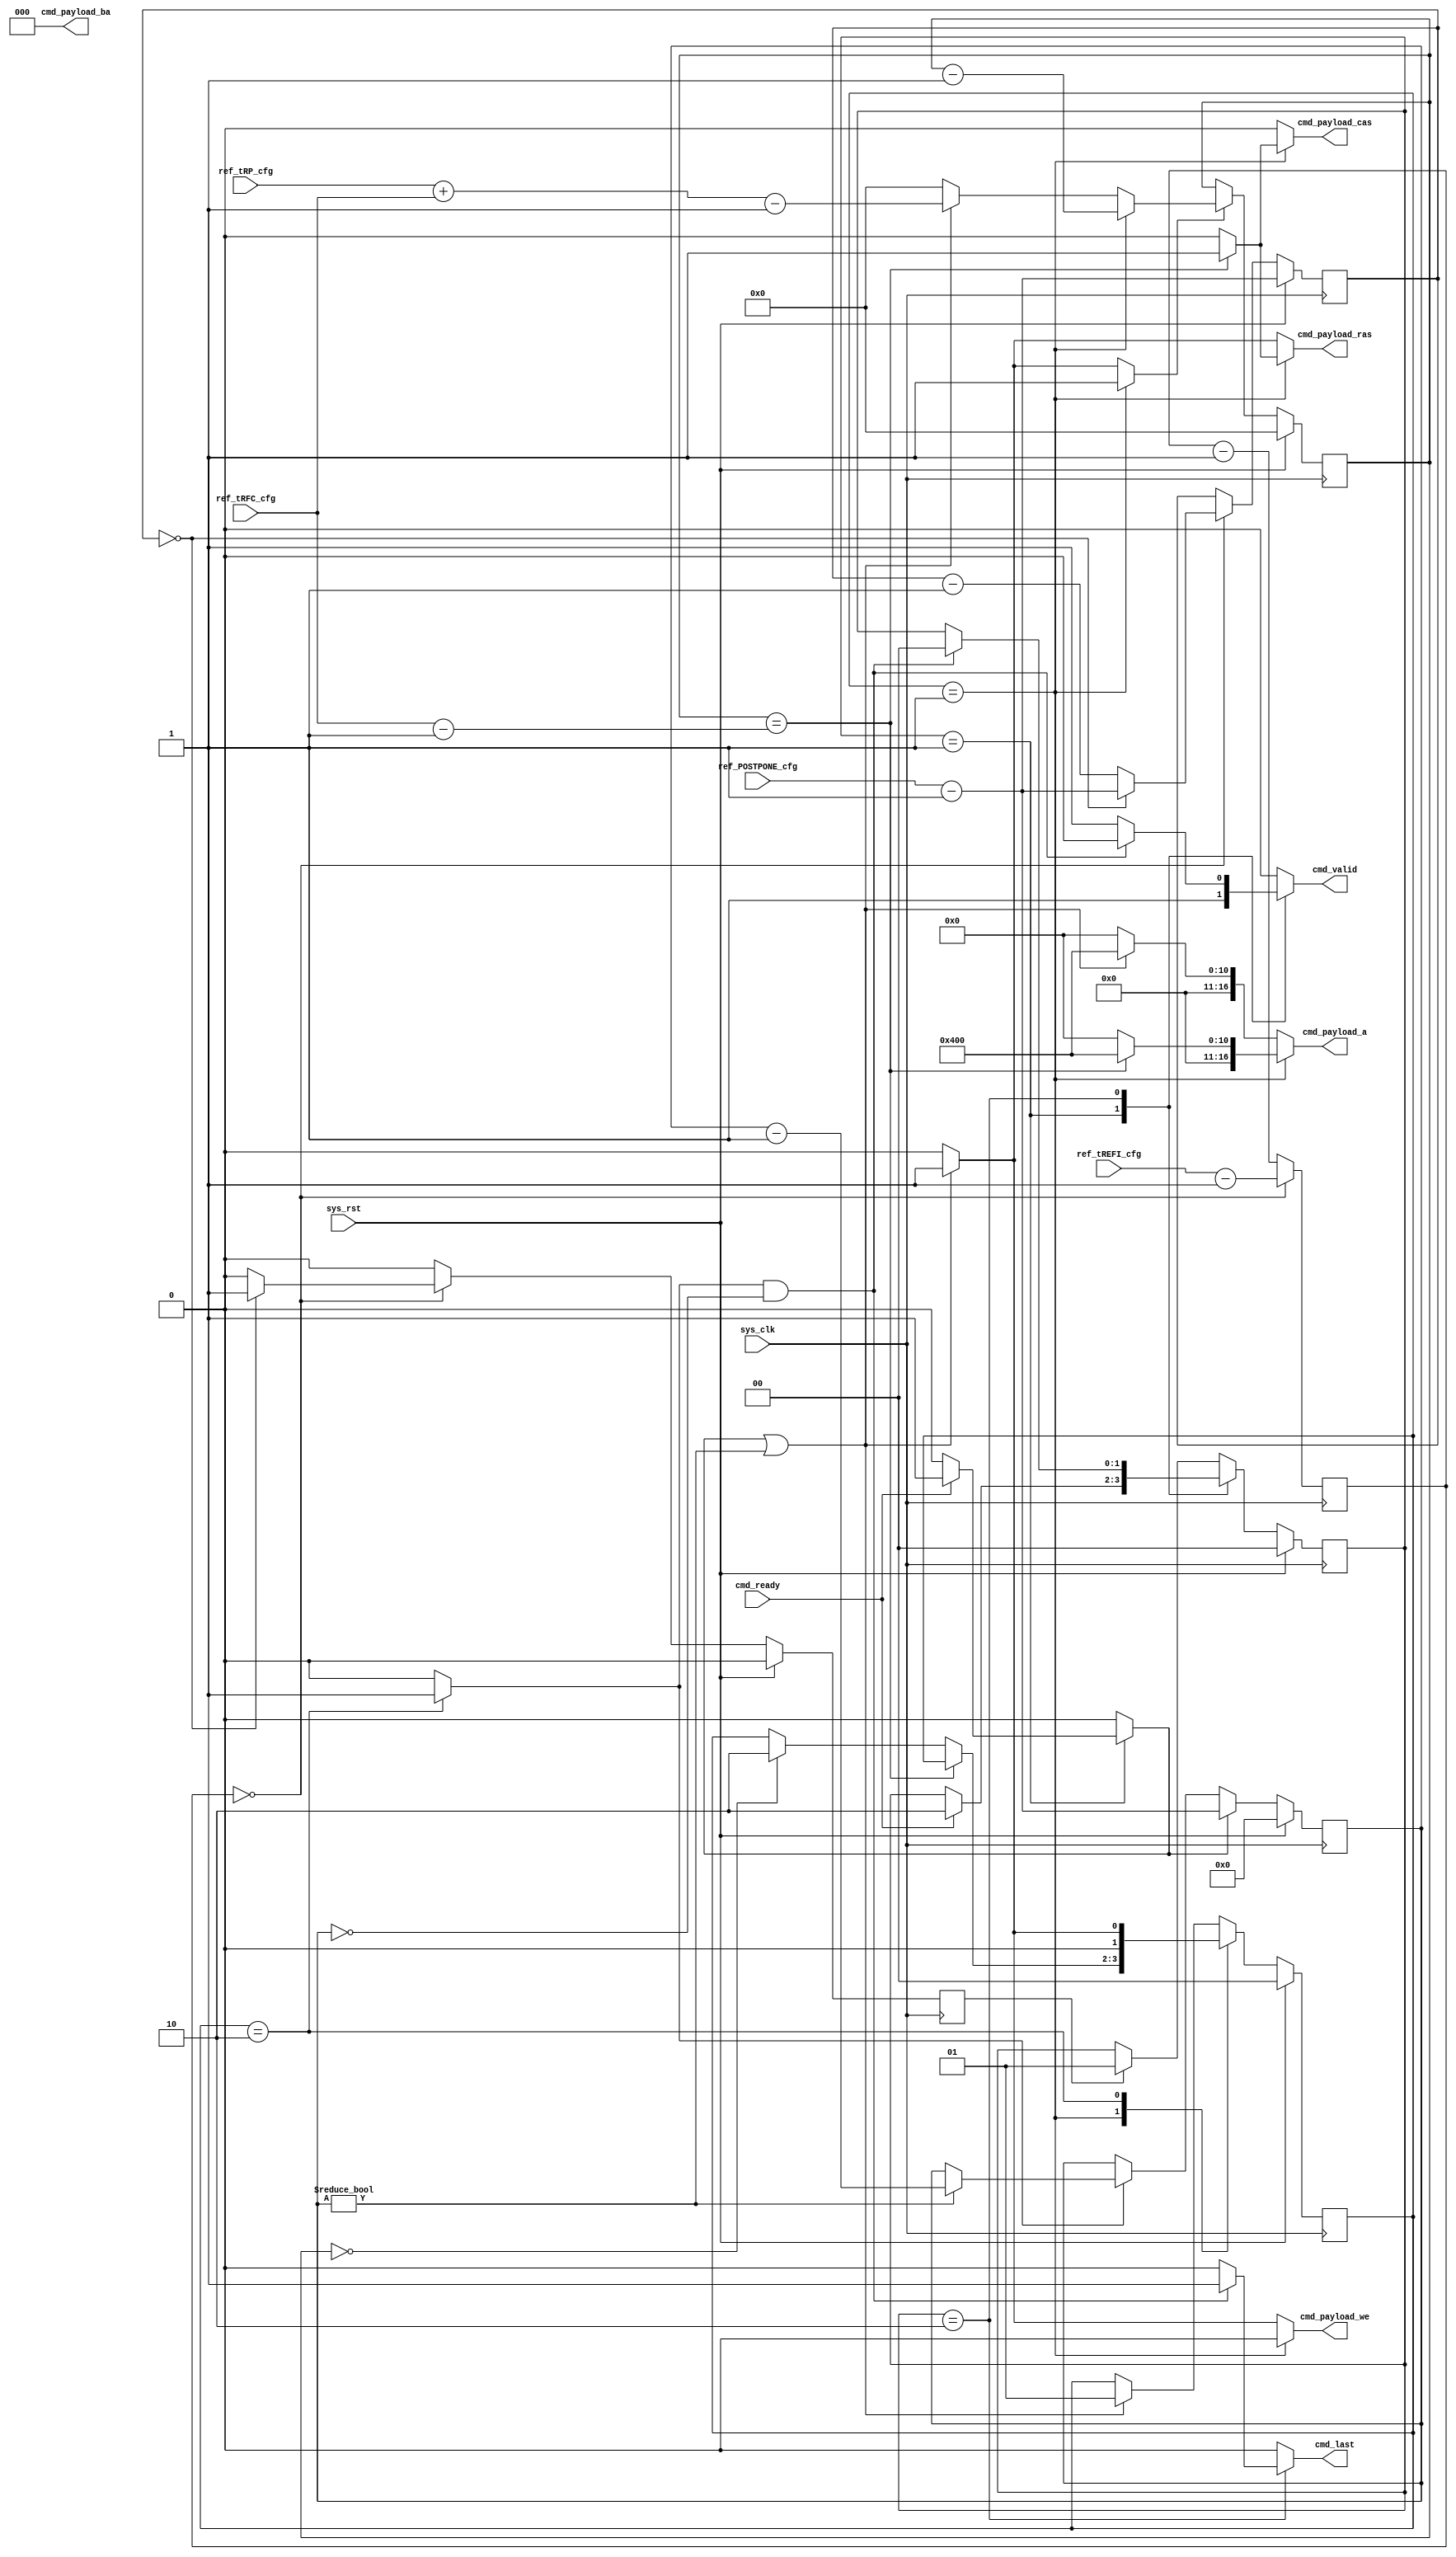
/* Machine-generated using Migen */
module refresher_pos_8(
	output reg cmd_valid,
	input cmd_ready,
	output reg cmd_last,
	output reg [16:0] cmd_payload_a,
	output reg [2:0] cmd_payload_ba,
	output reg cmd_payload_cas,
	output reg cmd_payload_ras,
	output reg cmd_payload_we,
	input [7:0] ref_tRP_cfg,
	input [7:0] ref_tRFC_cfg,
	input [11:0] ref_tREFI_cfg,
	input [3:0] ref_POSTPONE_cfg,
	input sys_clk,
	input sys_rst
);

wire wants_refresh;
wire timer_wait;
wire timer_done0;
wire [11:0] timer_count0;
wire timer_done1;
reg [11:0] timer_count1 = 12'd0;
wire postponer_req_i;
reg postponer_req_o = 1'd0;
reg [3:0] postponer_count = 4'd8;
reg sequencer_start0;
wire sequencer_done0;
wire sequencer_start1;
reg sequencer_done1;
reg [7:0] sequencer_count0 = 8'd0;
reg [3:0] sequencer_count1 = 4'd0;
reg [1:0] refreshsequencer_state = 2'd0;
reg [1:0] refreshsequencer_next_state;
reg [7:0] sequencer_count0_next_value;
reg sequencer_count0_next_value_ce;
reg [1:0] fsm_state = 2'd0;
reg [1:0] fsm_next_state;

// synthesis translate_off
reg dummy_s;
initial dummy_s <= 1'd0;
// synthesis translate_on

assign timer_wait = (~timer_done0);
assign postponer_req_i = timer_done0;
assign wants_refresh = postponer_req_o;
assign timer_done1 = (timer_count1 == 1'd0);
assign timer_done0 = timer_done1;
assign timer_count0 = timer_count1;
assign sequencer_start1 = (sequencer_start0 | (sequencer_count1 != 1'd0));
assign sequencer_done0 = (sequencer_done1 & (sequencer_count1 == 1'd0));

// synthesis translate_off
reg dummy_d;
// synthesis translate_on
always @(*) begin
	cmd_payload_a <= 17'd0;
	cmd_payload_ba <= 3'd0;
	cmd_payload_cas <= 1'd0;
	cmd_payload_ras <= 1'd0;
	cmd_payload_we <= 1'd0;
	sequencer_done1 <= 1'd0;
	refreshsequencer_next_state <= 2'd0;
	sequencer_count0_next_value <= 8'd0;
	sequencer_count0_next_value_ce <= 1'd0;
	refreshsequencer_next_state <= refreshsequencer_state;
	case (refreshsequencer_state)
		1'd1: begin
			sequencer_count0_next_value <= (sequencer_count0 - 1'd1);
			sequencer_count0_next_value_ce <= 1'd1;
			if ((sequencer_count0 == (ref_tRFC_cfg - 1'd1))) begin
				cmd_payload_a <= 11'd1024;
				cmd_payload_ba <= 1'd0;
				cmd_payload_cas <= 1'd1;
				cmd_payload_ras <= 1'd1;
				cmd_payload_we <= 1'd0;
			end else begin
				if ((sequencer_count0 == 1'd0)) begin
					cmd_payload_a <= 1'd0;
					cmd_payload_ba <= 1'd0;
					cmd_payload_cas <= 1'd0;
					cmd_payload_ras <= 1'd0;
					cmd_payload_we <= 1'd0;
					refreshsequencer_next_state <= 2'd2;
				end
			end
		end
		2'd2: begin
			sequencer_done1 <= 1'd1;
			if (sequencer_start1) begin
				sequencer_count0_next_value <= ((ref_tRP_cfg + ref_tRFC_cfg) - 1'd1);
				sequencer_count0_next_value_ce <= 1'd1;
				cmd_payload_a <= 11'd1024;
				cmd_payload_ba <= 1'd0;
				cmd_payload_cas <= 1'd0;
				cmd_payload_ras <= 1'd1;
				cmd_payload_we <= 1'd1;
				refreshsequencer_next_state <= 1'd1;
			end else begin
				refreshsequencer_next_state <= 1'd0;
			end
		end
		default: begin
			if (sequencer_start1) begin
				sequencer_count0_next_value <= ((ref_tRP_cfg + ref_tRFC_cfg) - 1'd1);
				sequencer_count0_next_value_ce <= 1'd1;
				cmd_payload_a <= 11'd1024;
				cmd_payload_ba <= 1'd0;
				cmd_payload_cas <= 1'd0;
				cmd_payload_ras <= 1'd1;
				cmd_payload_we <= 1'd1;
				refreshsequencer_next_state <= 1'd1;
			end
		end
	endcase
// synthesis translate_off
	dummy_d <= dummy_s;
// synthesis translate_on
end

// synthesis translate_off
reg dummy_d_1;
// synthesis translate_on
always @(*) begin
	cmd_valid <= 1'd0;
	cmd_last <= 1'd0;
	sequencer_start0 <= 1'd0;
	fsm_next_state <= 2'd0;
	fsm_next_state <= fsm_state;
	case (fsm_state)
		1'd1: begin
			cmd_valid <= 1'd1;
			if (cmd_ready) begin
				sequencer_start0 <= 1'd1;
				fsm_next_state <= 2'd2;
			end
		end
		2'd2: begin
			cmd_valid <= 1'd1;
			if (sequencer_done0) begin
				cmd_valid <= 1'd0;
				cmd_last <= 1'd1;
				fsm_next_state <= 1'd0;
			end
		end
		default: begin
			if (1'd1) begin
				if (wants_refresh) begin
					fsm_next_state <= 1'd1;
				end
			end
		end
	endcase
// synthesis translate_off
	dummy_d_1 <= dummy_s;
// synthesis translate_on
end

always @(posedge sys_clk) begin
	if ((timer_wait & (~timer_done0))) begin
		timer_count1 <= (timer_count1 - 1'd1);
	end else begin
		timer_count1 <= (ref_tREFI_cfg - 1'd1);
	end
	postponer_req_o <= 1'd0;
	if (postponer_req_i) begin
		postponer_count <= (postponer_count - 1'd1);
		if ((postponer_count == 1'd0)) begin
			postponer_count <= (ref_POSTPONE_cfg - 1'd1);
			postponer_req_o <= 1'd1;
		end
	end
	if (sequencer_start0) begin
		sequencer_count1 <= (ref_POSTPONE_cfg - 1'd1);
	end else begin
		if (sequencer_done1) begin
			if ((sequencer_count1 != 1'd0)) begin
				sequencer_count1 <= (sequencer_count1 - 1'd1);
			end
		end
	end
	refreshsequencer_state <= refreshsequencer_next_state;
	if (sequencer_count0_next_value_ce) begin
		sequencer_count0 <= sequencer_count0_next_value;
	end
	fsm_state <= fsm_next_state;
	if (sys_rst) begin
		postponer_req_o <= 1'd0;
		postponer_count <= (ref_POSTPONE_cfg - 1'd1);
		sequencer_count0 <= 8'd0;
		sequencer_count1 <= 4'd0;
		refreshsequencer_state <= 2'd0;
		fsm_state <= 2'd0;
	end
end

endmodule